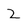
Character: 2